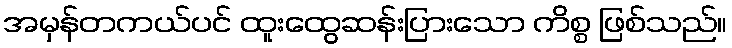
အမှန်တကယ်ပင် ထူးထွေဆန်းပြားသော ကိစ္စ ဖြစ်သည်။